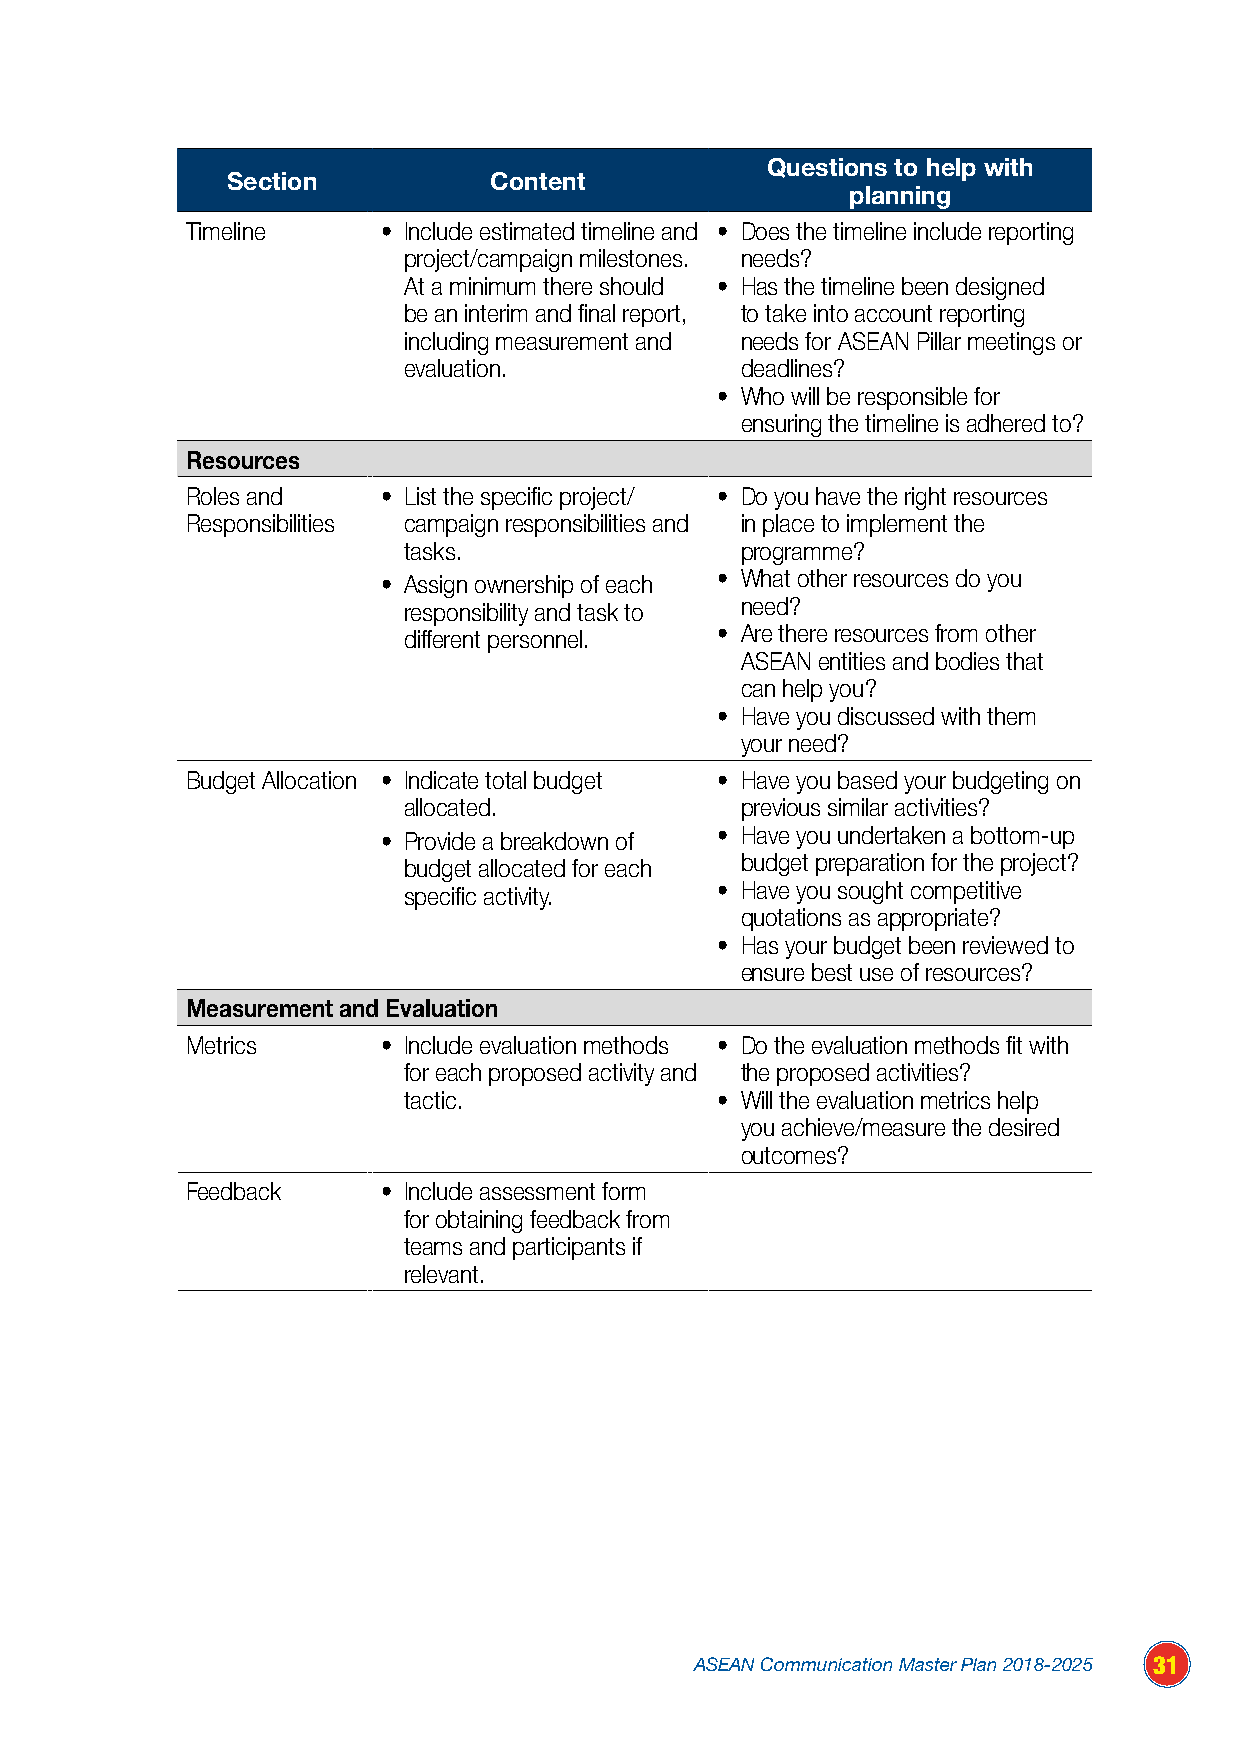
Questions to help with
 Section          Content
 planning
 Timeline     • Include estimated timeline and • Does the timeline include reporting
 project/campaign milestones. needs?
 At a minimum there should • Has the timeline been designed
 be an interim and final report, to take into account reporting
 including measurement and needs for ASEAN Pillar meetings or
 evaluation.           deadlines?
 • Who will be responsible for
 ensuring the timeline is adhered to?
 Resources
 Roles and    • List the specific project/ • Do you have the right resources
 Responsibilities campaign responsibilities and in place to implement the
 tasks.                programme?
 • Assign ownership of each • What other resources do you
 responsibility and task to need?
 different personnel. • Are there resources from other
 ASEAN entities and bodies that
 can help you?
 • Have you discussed with them
 your need?
 Budget Allocation • Indicate total budget • Have you based your budgeting on
 allocated.            previous similar activities?
 • Provide a breakdown of • Have you undertaken a bottom-up
 budget allocated for each budget preparation for the project?
 specific activity.  • Have you sought competitive
 quotations as appropriate?
 • Has your budget been reviewed to
 ensure best use of resources?
 Measurement and Evaluation
 Metrics      • Include evaluation methods • Do the evaluation methods fit with
 for each proposed activity and the proposed activities?
 tactic.             • Will the evaluation metrics help
 you achieve/measure the desired
 outcomes?
 Feedback     • Include assessment form
 for obtaining feedback from
 teams and participants if
 relevant.
 ASEAN Communication Master Plan 2018-2025 31